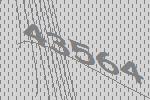
43564